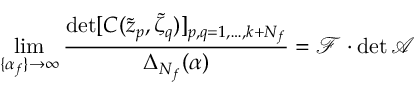
\operatorname * { l i m } _ { \{ \alpha _ { f } \} \to \infty } \frac { \operatorname * { d e t } [ C ( \tilde { z } _ { p } , \tilde { \zeta } _ { q } ) ] _ { p , q = 1 , \dots , k + N _ { f } } } { \Delta _ { N _ { f } } ( \alpha ) } = \mathcal { F } \cdot \operatorname * { d e t } \mathcal { A }